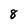
Character: 8